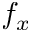
f _ { x }